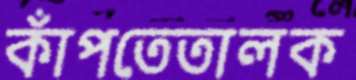
কাঁপতেতালক